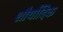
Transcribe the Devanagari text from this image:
शौर्यादिक